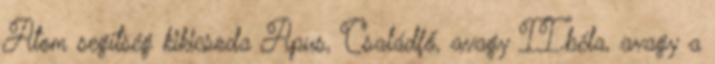
Atom segítség kikicsoda Apus, Családfő, avagy II.béla, avagy a